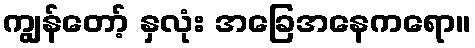
ကျွန်တော့် နှလုံး အခြေအနေကရော။